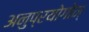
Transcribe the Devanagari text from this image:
अनुप्रयोगोन्